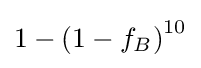
1-\left(1-f_{B}\right)^{10}